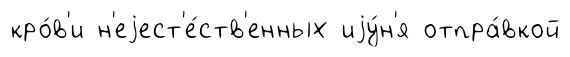
кро́в'и н'еjест'е́ств'енных иjу́н'я отпра́вкой